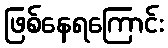
ဖြစ်နေရကြောင်း